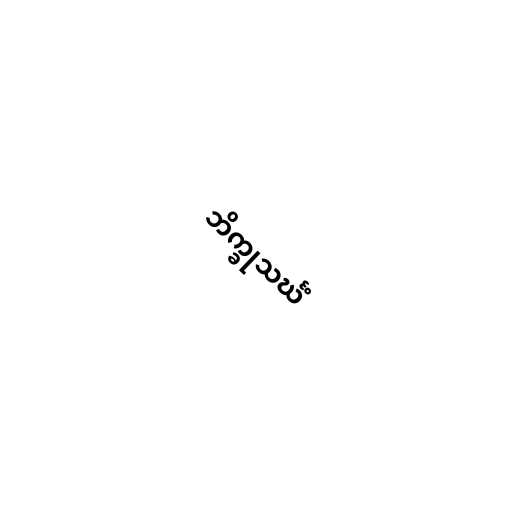
ဘိက္ခုသင်္ဃံ